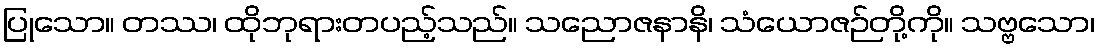
ပြုသော။ တဿ၊ ထိုဘုရားတပည့်သည်။ သညောဇနာနိ၊ သံယောဇဉ်တို့ကို။ သဗ္ဗသော၊